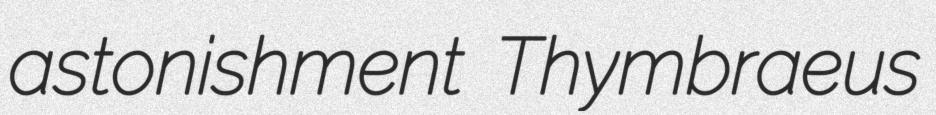
astonishment Thymbraeus